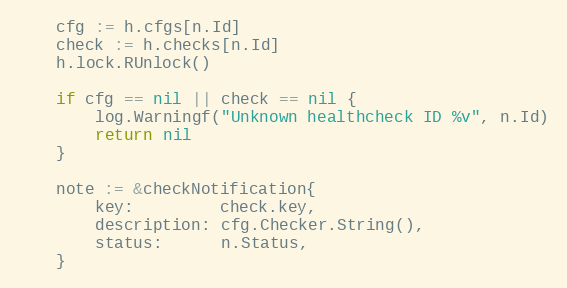
Language: Go
	cfg := h.cfgs[n.Id]
	check := h.checks[n.Id]
	h.lock.RUnlock()

	if cfg == nil || check == nil {
		log.Warningf("Unknown healthcheck ID %v", n.Id)
		return nil
	}

	note := &checkNotification{
		key:         check.key,
		description: cfg.Checker.String(),
		status:      n.Status,
	}